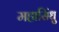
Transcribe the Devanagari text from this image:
महासिंधु